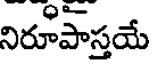
నిరూపాస్తయే